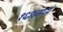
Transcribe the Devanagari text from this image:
१६३४मध्ये